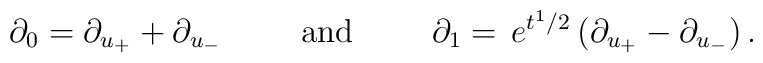
\partial_0 = \partial_{u_{+}} + \partial_{u_{-}}        \hspace{1cm} \mbox{and} \hspace{1cm}        \partial_1 =  \,e^{t^1/2} \, ( \partial_{u_{+}}         - \partial_{u_{-}})\, .